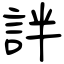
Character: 詊